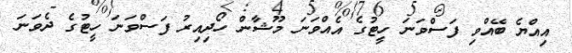
އިއްޔެ ބޭއްވި ފަސްވަނަ ހީޓުގެ އެއްވަނަ މޫޝާން ހޯދިއިރު ފަސްވަނަ ހީޓުގެ ދެވަނަ